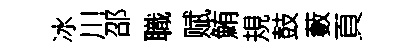
冰川邵職赋鮪規鼓藪頁